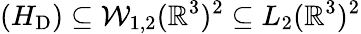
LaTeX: (H_{\mathrm{D}})\subseteq\mathcal{W}_{1,2}(\mathbb{R}^{3})^{2}\subseteq L_{2}(\mathbb{R}^{3})^{2}